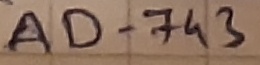
Text: AD-743